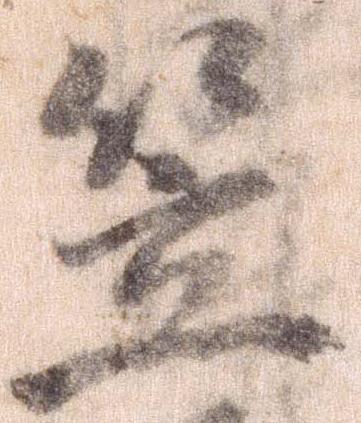
笠